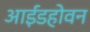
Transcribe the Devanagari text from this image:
आईंडहोवन